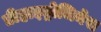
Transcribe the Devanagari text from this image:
डीहाइड्रोजिनेस